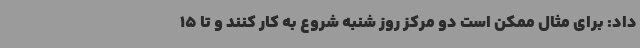
داد: برای مثال ممکن است دو مرکز روز شنبه شروع به کار کنند و تا 15